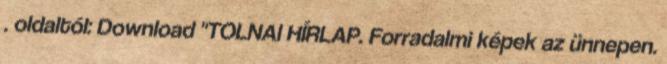
. oldaltól: Download "TOLNAI HÍRLAP. Forradalmi képek az ünnepen.